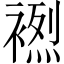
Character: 𲀼